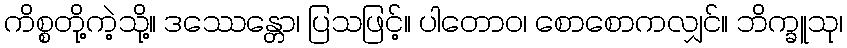
ကိစ္စတို့ကဲ့သို့။ ဒဿေန္တော၊ ပြသဖြင့်။ ပါတောဝ၊ စောစောကလျှင်။ ဘိက္ခူသု၊